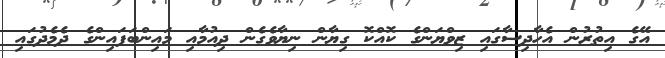
އޭގެ އިތުރުން އެހާދިސާގައި ޒިވްޔަންގެ ކޮއްކޮ ގިޔާން ނިޔާވެގެން ދިއުމާއި މައިންބަފައިންގެ ދެމެދުގައި